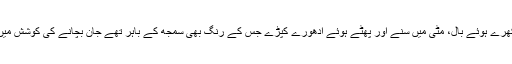
ایک میلا کچیلا شخص، مہینوں کی بڑھی ہوئی داڑھی اوردھول بھرے بکھرے ہوئے بال، مٹی میں سنے اور پھٹے ہوئے ادھورے کپڑے جس کے رنگ بھی سمجھ کے باہر تھے جان بچانے کی کوشش میں ادھر ادھر بھاگ رہا تھااور لوگ اسے مارنے کی کوشش کررہے تھے۔